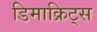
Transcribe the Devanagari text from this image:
डिमाक्रिट्स